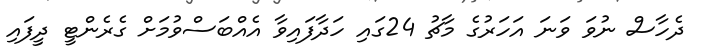
ދެހާސް ނުވަ ވަނަ އަހަރުގެ މާޗު 24ގައި ހަދާފައިވާ އެއްބަސްވުމަށް ގެރެންޓީ ދީފައި